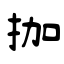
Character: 拁